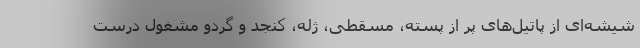
شیشه‌ای از پاتیل‌های پر از پسته، مسقطی، ژله، کنجد و گردو مشغول درست